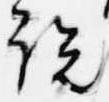
説